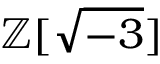
\mathbb { Z } [ { \sqrt { - 3 } } ]